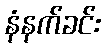
နံနက်ခင်း